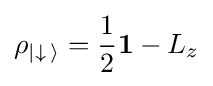
\rho _{|\downarrow \,\rangle }={\frac {1}{2}}\mathbf {1} -L_{z}